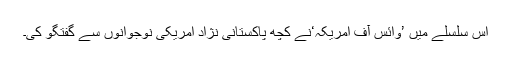
اس سلسلے میں ’وائس آف امریکہ‘نے کچھ پاکستانی نژاد امریکی نوجوانوں سے گفتگو کی۔